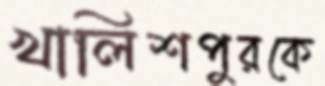
খালিশপুরকে